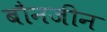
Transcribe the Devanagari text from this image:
बौनजीन